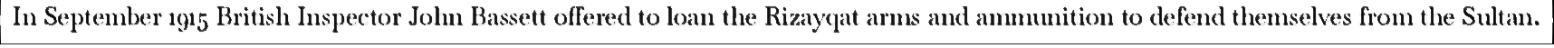
In September 1915 British Inspector John Bassett offered to loan the Rizayqat arms and ammunition to defend themselves from the Sultan.